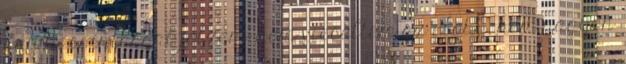
Egy kacsintással jelzem, nem vicceltem az előbb, nem nagyon